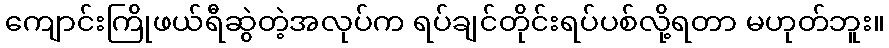
ကျောင်းကြိုဖယ်ရီဆွဲတဲ့အလုပ်က ရပ်ချင်တိုင်းရပ်ပစ်လို့ရတာ မဟုတ်ဘူး။